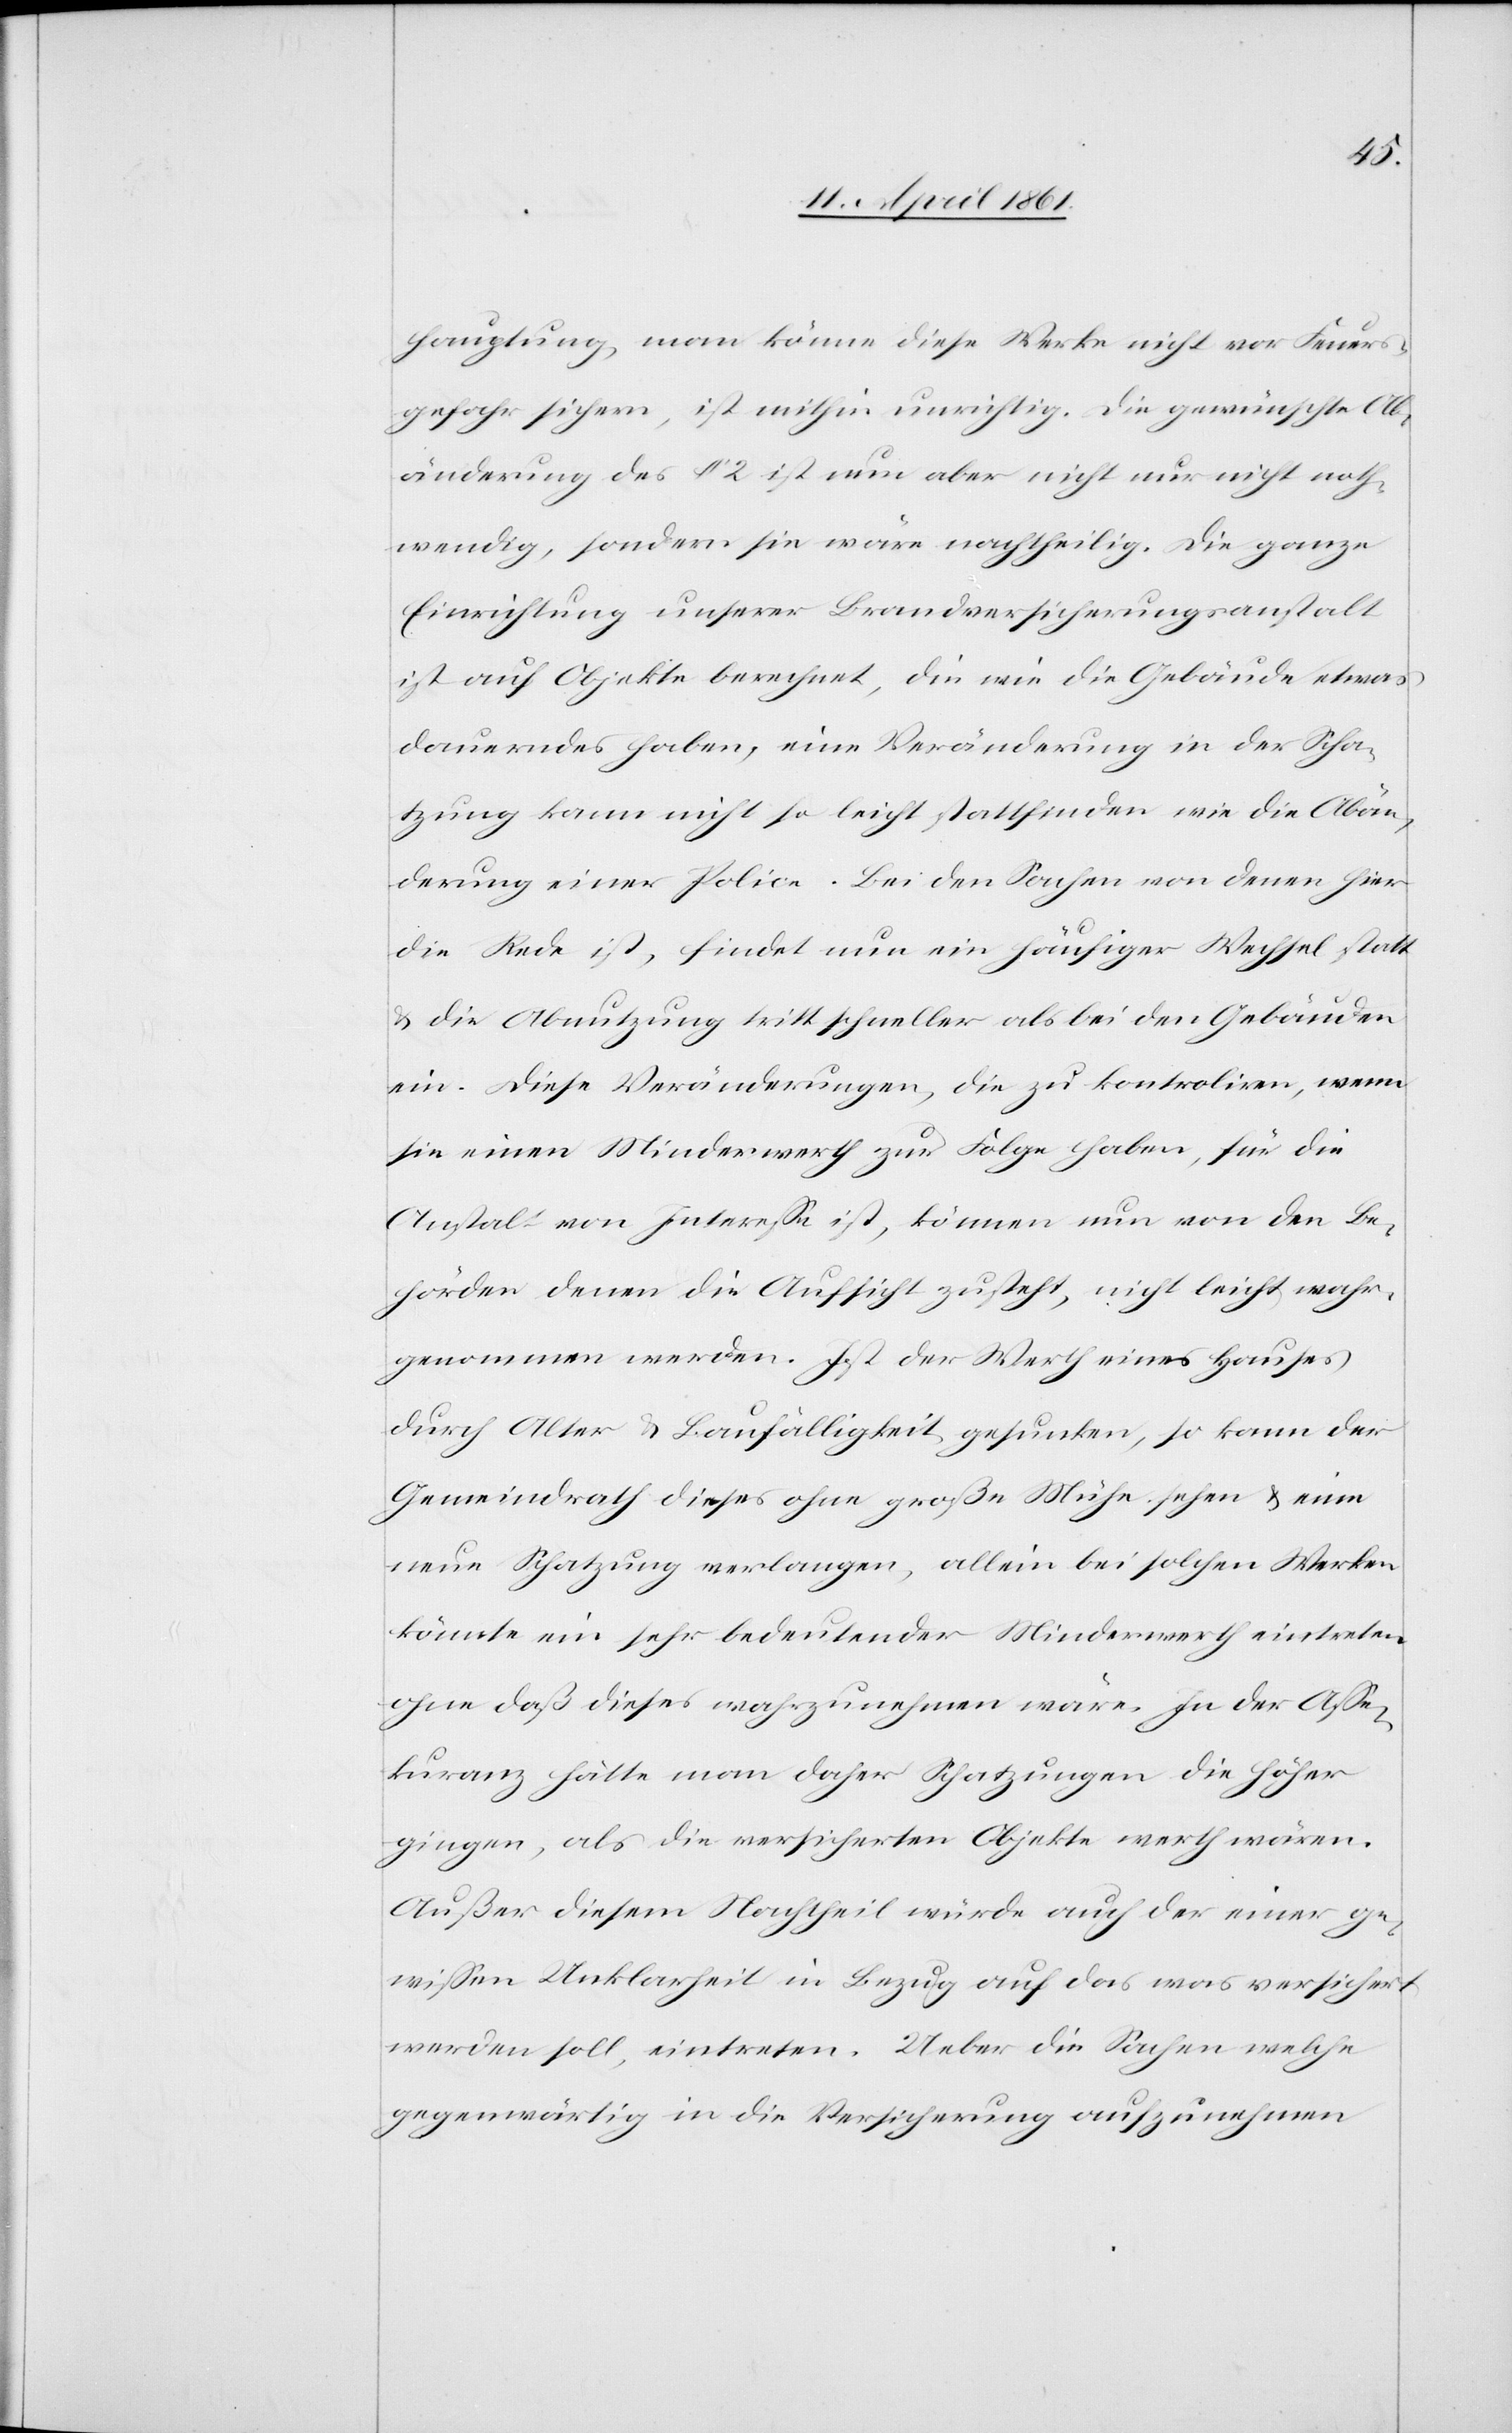
hauptung, man könne diese Werke nicht vor Feuers¬
gefahr sichern, ist mithin unrichtig. Die gewünschte Ab¬
änderung des § 2 ist nun aber nicht nur nicht noth¬
wendig, sondern sie wäre nachtheilig. Die ganze
Einrichtung unserer Brandversicherungsanstalt
ist auf Objekte berechnet, die wie die Gebäude etwas
dauerndes haben, eine Veränderung in der Scha¬
tzung kann nicht so leicht stattfinden wie die Abän¬
derung einer Police. Bei den Sachen von denen hier
die Rede ist, findet nun ein häufiger Wechsel statt
u. die Abnutzung tritt schneller als bei den Gebäuden
ein. Diese Veränderungen, die zu kontroliren, wenn
sie einen Minderwerth zur Folge haben, für die
Anstalt von Interesse ist, können nun von den Be¬
hörden denen die Aufsicht zusteht, nicht leicht wahr¬
genommen werden. Ist der Werth eines Hauses
durch Alter u. Baufälligkeit gesunken, so kann der
Gemeindrath diese ohne große Mühe sehen u. eine
neue Schatzung verlangen, allein bei solchen Werken
könnte ein sehr bedeutender Minderwerth eintreten,
ohne daß dieses wahrzunehmen wäre. In der Asse¬
kuranz hätte man daher Schatzungen die höher
gingen, als die versicherten Objekte werth wären.
Außer diesem Nachtheil würde auch der einer ge¬
wissen Unklarheit in Bezug auf das was versichert
werden soll, eintreten. Ueber die Sachen welche
gegenwärtig in die Versicherung aufzunehmen